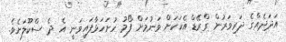
އަދަދެއްގެ ދަރިވަރުން ގްރޭޑް އެކަކަށް ވަނުމަށް ފޯމު ހުށަހަޅާފައިވަނީ އެ ދެ ސްކޫލަށެވެ.